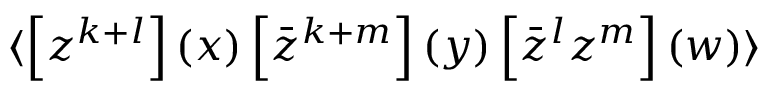
\langle \left[ z ^ { k + l } \right] ( x ) \left[ \bar { z } ^ { k + m } \right] ( y ) \left[ \bar { z } ^ { l } z ^ { m } \right] ( w ) \rangle